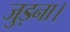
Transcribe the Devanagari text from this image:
जुड़ना।